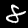
Digit: 8